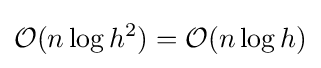
{\mathcal {O}}(n\log h^{2})={\mathcal {O}}(n\log h)